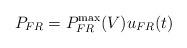
LaTeX: \begin{align*}{{P}_{FR}}=P_{FR}^{\max }(V){{u}_{FR}}(t)\end{align*}